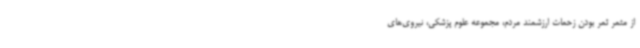
از مثمر ثمر بودن زحمات ارزشمند مردم، مجموعه علوم پزشکی، نیروی‌های